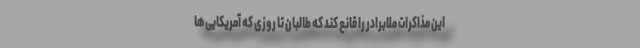
این مذاکرات ملابرادر را قانع کند که طالبان تا روزی که آمریکایی‌ها